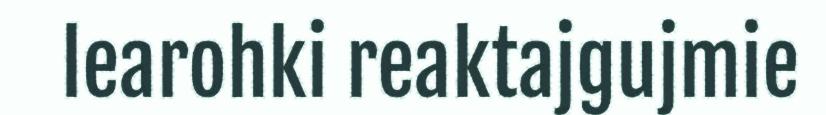
learohki reaktajgujmie